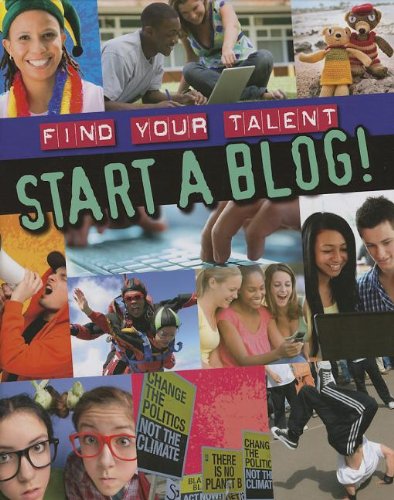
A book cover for Start a Blog! (Find Your Talent); Matt Anniss; Children's Books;